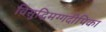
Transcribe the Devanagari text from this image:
विसुद्धिमग्गदीपिका